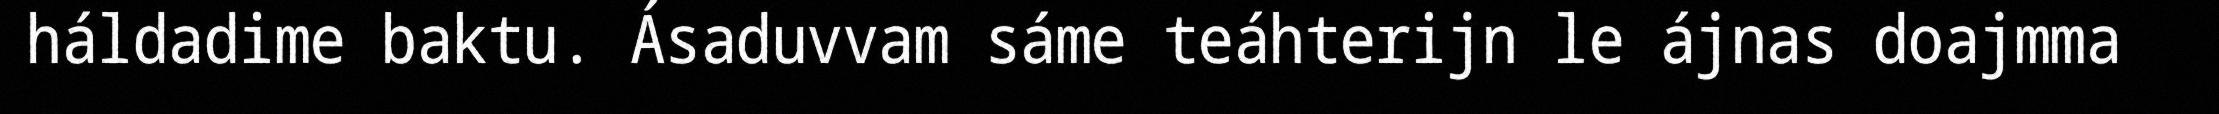
háldadime baktu. Ásaduvvam sáme teáhterijn le ájnas doajmma